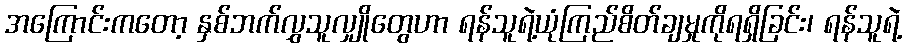
အကြောင်းကတော့ နှစ်ဘက်လွှသူလျှိုတွေဟာ ရန်သူရဲ့ယုံကြည်စိတ်ချမှုကိုရရှိခြင်း၊ ရန်သူရဲ့